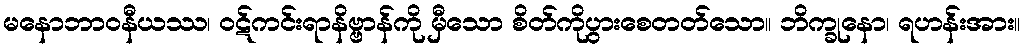
မနောဘာဝနီယဿ၊ ဝဋ်ကင်းရာနိဗ္ဗာန်ကို မှီသော စိတ်ကိုပွားစေတတ်သော။ ဘိက္ခုနော၊ ရဟန်းအား။